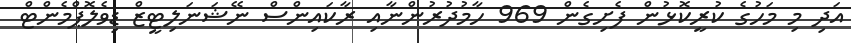
އަދި މި މަހުގެ ކުރީކޮޅުން ފެށިގެން 969 ހާމުދުރުންނާއި ރާކައިންސް ނޭޝަނަލިޓީޒް ޑިވެލޮޕްމެންޓް